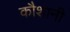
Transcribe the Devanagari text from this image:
कौशानी